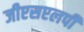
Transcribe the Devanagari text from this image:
जीएसएलपी